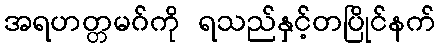
အရဟတ္တမဂ်ကို ရသည်နှင့်တပြိုင်နက်